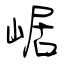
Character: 崌